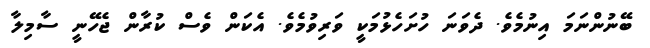
ބޭނުންނަމަ އިނުމެވެ. ދެވަނަ ހުށަހެޅުމަކީ ވަރިވުމެވެ. އެކަން ވެސް ކުރާން ޖެހޭނީ ސާމިލާ